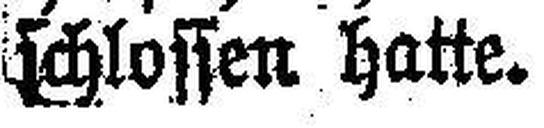
schlossen hatte.